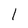
Character: l